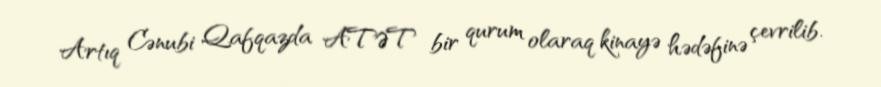
Artıq Cənubi Qafqazda ATƏT bir qurum olaraq kinayə hədəfinə çevrilib.